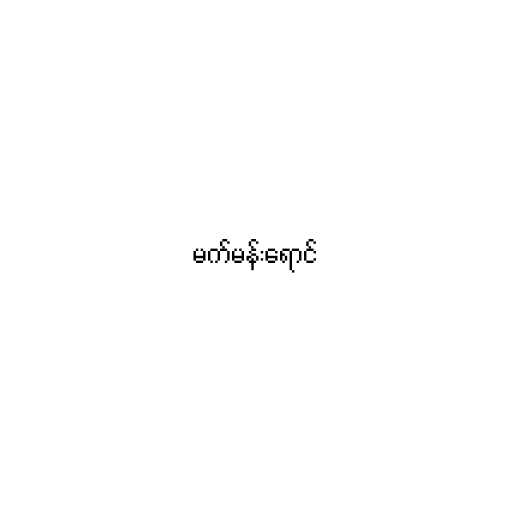
မက်မန်းရောင်